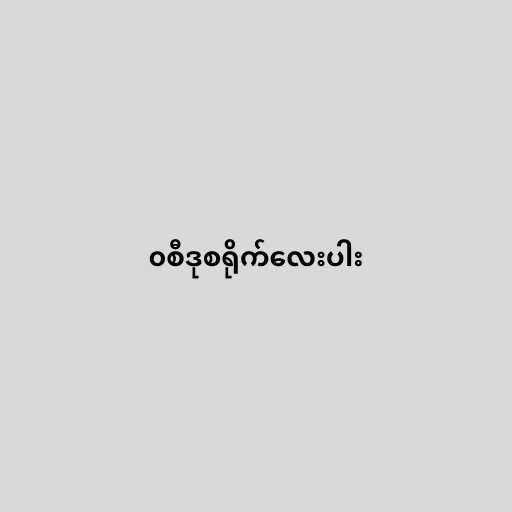
၀စီဒုစရိုက်လေးပါး